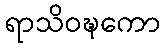
ရာသိဝဍ္ဎကော